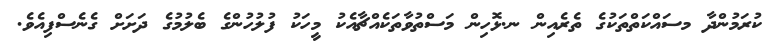
ކުރަމުންދާ މސައްކަތްތަކުގެ ތެރެއިން ނ.ޅޮހިން މަސްތުވާތަކެއްޗާއެކު މީހަކު ފުލުހުންގެ ބެލުމުގެ ދަށަށް ގެނެސްފިއެވެ.